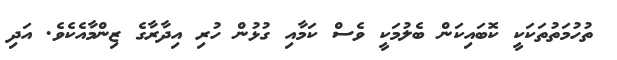
ތުހުމަތުތަކަކީ ކޮބައިކަން ބެލުމަކީ ވެސް ކަމާއި ގުޅުން ހުރި އިދާރާގެ ޒިންމާއެކެވެ. އަދި